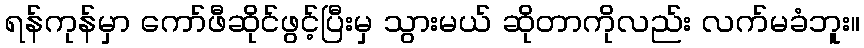
ရန်ကုန်မှာ ကော်ဖီဆိုင်ဖွင့်ပြီးမှ သွားမယ် ဆိုတာကိုလည်း လက်မခံဘူး။